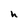
Character: h